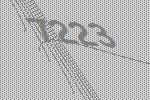
7223